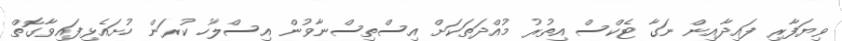
ވިޔަފާރި ފައިދާއިން ނަގާ ޓެކްސް އިތުރު މުއްދަތަކަށް އިސްތިސްނާވުން އިސްލާހު ކުރަން ހުށައެޅިފައިވާގޮތް